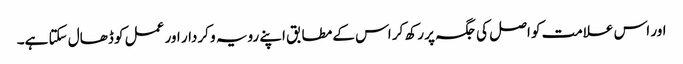
اور اس علامت کو اصل کی جگہ پر رکھ کر اس کے مطابق اپنے رویہ و کردار اور عمل کو ڈھال سکتا ہے۔